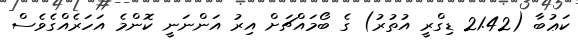
ކަޢުބާ (21.42 ޑިގްރީ އުތުރު) ގެ ބޯމައްޗަށް އިރު އަންނަނީ ކޮންމެ އަހަރެއްގެވެސް